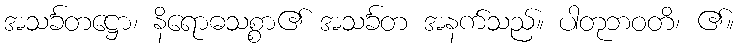
အသင်္ခတဋ္ဌော၊ နိရောဓသစ္စာ၏ အသင်္ခတ အနက်သည်။ ပါတုဘဝတိ၊ ၏။